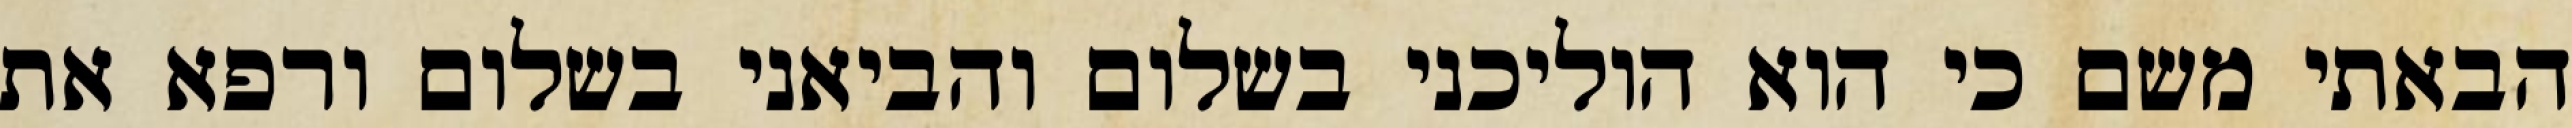
הבאתי משם כי הוא הוליכני בשלום והביאני בשלום ורפא את